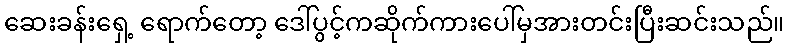
ဆေးခန်းရှေ့ ရောက်တော့ ဒေါ်ပွင့်ကဆိုက်ကားပေါ်မှအားတင်းပြီးဆင်းသည်။